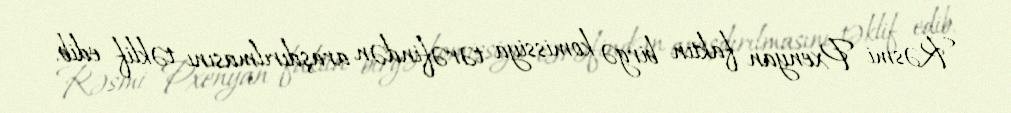
Rəsmi Pxenyan faktın birgə komissiya tərəfindən araşdırılmasını təklif edib.